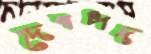
দেবপদ